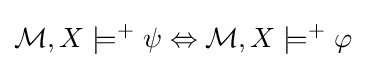
{\mathcal {M}},X\models ^{+}\psi \Leftrightarrow {\mathcal {M}},X\models ^{+}\varphi